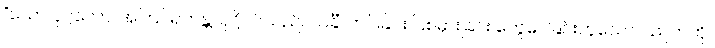
“ယော ပုဂ္ဂလော၊ အကြင်ရဟန္တာပုဂ္ဂိုလ်သည်။ သင်္ခံ၊ တပ်ခြင်း ပြစ်မှားခြင်း တွေဝေခြင်းဟူသော ပညတ်ကို။